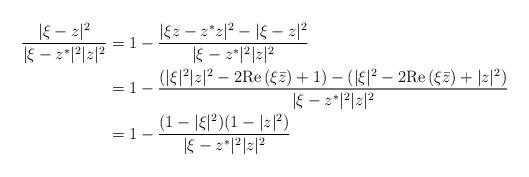
LaTeX: \begin{align*} \frac{|\xi-z|^2}{|\xi-z^*|^2|z|^2} &=1-\frac{|\xi z-z^*z|^2-|\xi-z|^2}{|\xi-z^*|^2|z|^2} \\ &=1-\frac{(|\xi|^2|z|^2-2 {\rm Re}\, (\xi \bar z) +1)- (|\xi|^2- 2 {\rm Re}\,(\xi \bar z) +|z|^2)}{|\xi-z^*|^2|z|^2} \\ &= 1-\frac{(1-|\xi|^2)(1-|z|^2)}{|\xi-z^*|^2|z|^2} \end{align*}